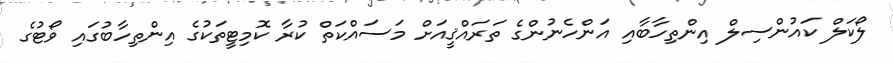
ލޯކަލް ކައުންސިލް އިންތިހާބާއި އަންހެނުންގެ ތަރައްޤީއަށް މަސައްކަތް ކުރާ ކޮމިޓީތަކުގެ އިންތިހާބުގައި ވޯޓުގެ